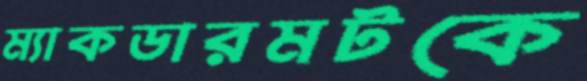
ম্যাকডারমটকে